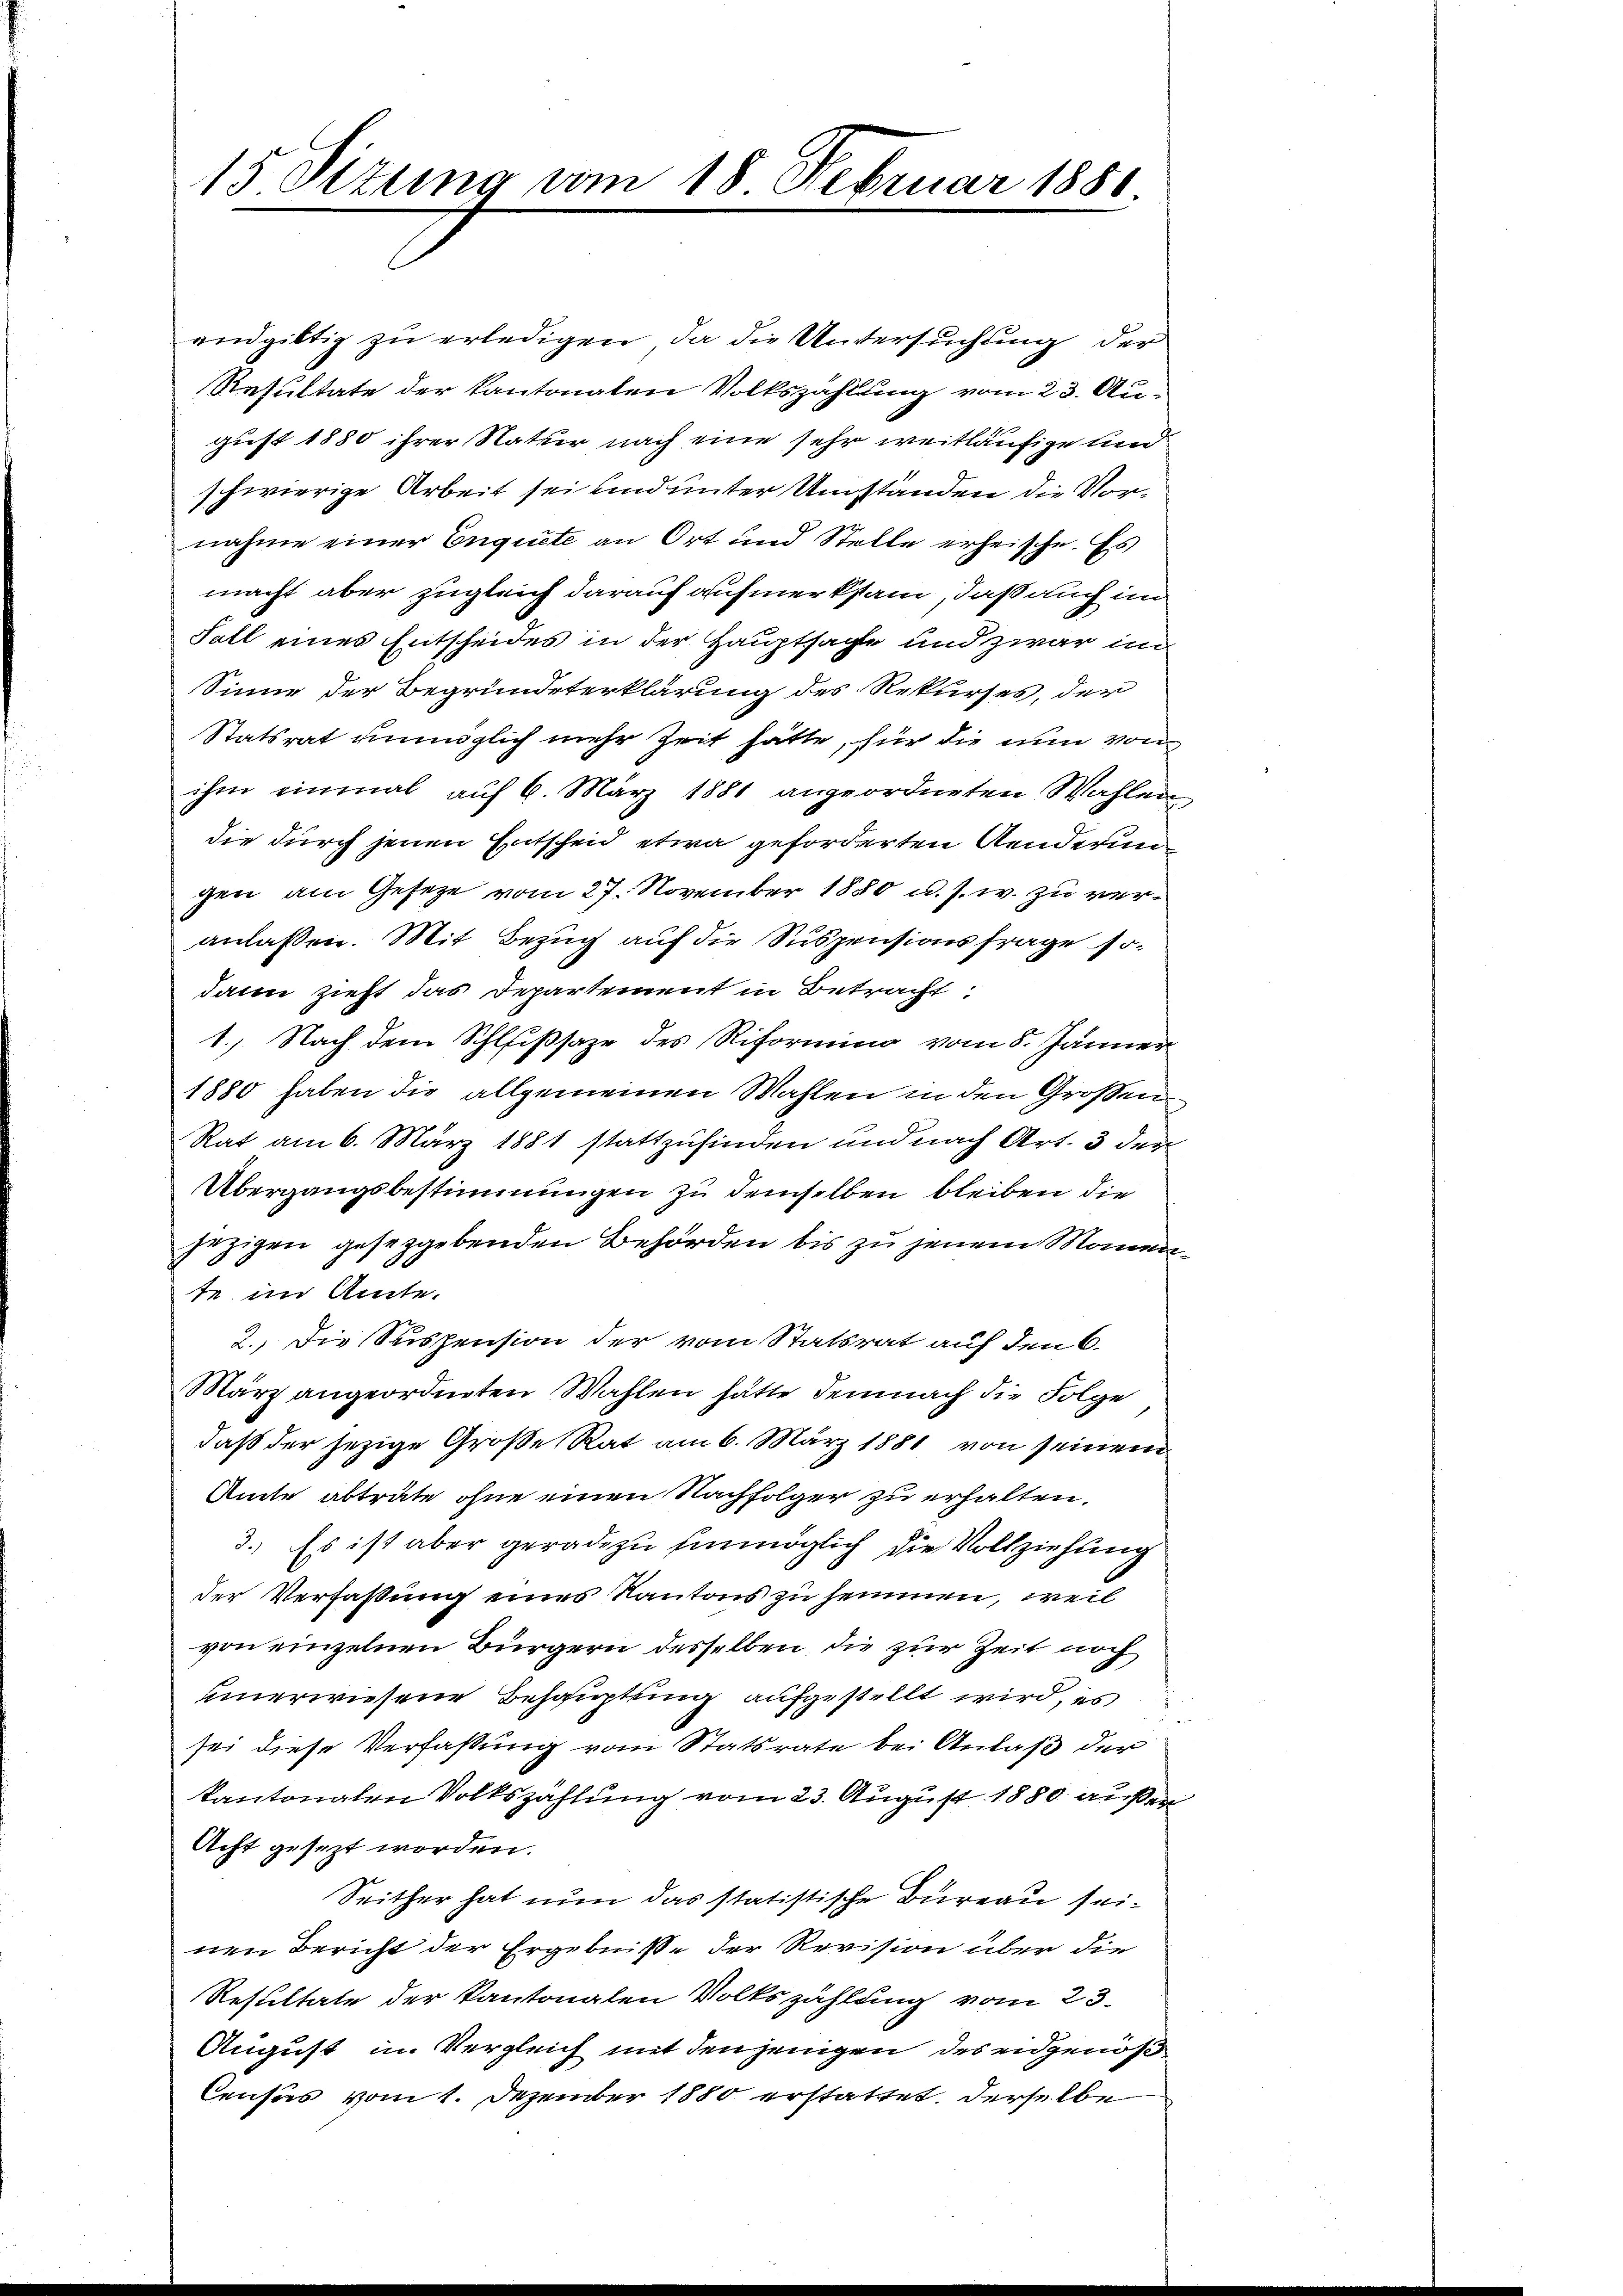
15 Sizung vom 18 Februar 1881

endgültig zu erledigen, da die Untersuchung der
Resultate der kantonalen Volkszählung vom 23. August 1880 ihrer Natur nach eine sehr weitläufige und
schwierige Arbeit sei und unter Umständen die Vornahme einer Enquete an Ort und Stelle erheische. Es
macht aber zugleich darauf aufmerksam, daß auch im
Fall eines Entscheides in der Hauptsachte und zwar im
Sinne der Begründeterklärung des Rekurses, der
Statsrat unmöglich mehr Zeit hätte, für die nun von
ihm einmal auf 6. März 1881 angeordneten Wahlen
die durch jenen Entscheid etwa geforderten Aenderungen am Gesetze vom 27. November 1880 u. s. w. zu veranlaßen. Mit Bezug auf die Suspensionsfrage sodann zieht das Departement in Betracht
1.) Nach dem Schlißsaze des Riformino vom 8. Jänner
1880 haben die allgemeinen Wahlen in den Großen
Rat am 6. März 1881 stattzufinden und nach Art. 3 dem
Übergangsbestimmungen zu demselben bleiben die
jezigen gesetzgebenden Behörden bis zu jenem Manni
t im Amte.
2.) Die Suspension der vom Statsrat auf den 6.
März angeordneten Wahlen hätte demnach die Folge
daß der jezige Große Rat am 6. März 1881 von seinem
Amte abträte ohne einen Nachfolger zu erhalten.
3.) Es ist aber geradezu einmöglich die Vollziehung
der Verfaßung eines Kantons zu hemmen, weil
von einzelnen Bürgern desselben die zur Zeit noch
unerwiesene Behauptung aufgestellt wird, es
sei diese Verfaßung vom Statsrate bei Anlaß der
kantonalen Volkszählung vom 23. August 1880 außen
Acht gesezt worden.
Seither hat nun das statistische Bureau seinen Bericht der Ergebnisse der Revision über die
Resultate der kantonalen Volkszählung vom 23.
August in Vergleich mit denjenigen des eidgenöß
Census vom 1. Dezember 1880 erstattet. Derselbe